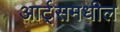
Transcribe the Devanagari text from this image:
आर्ट्‌समधील